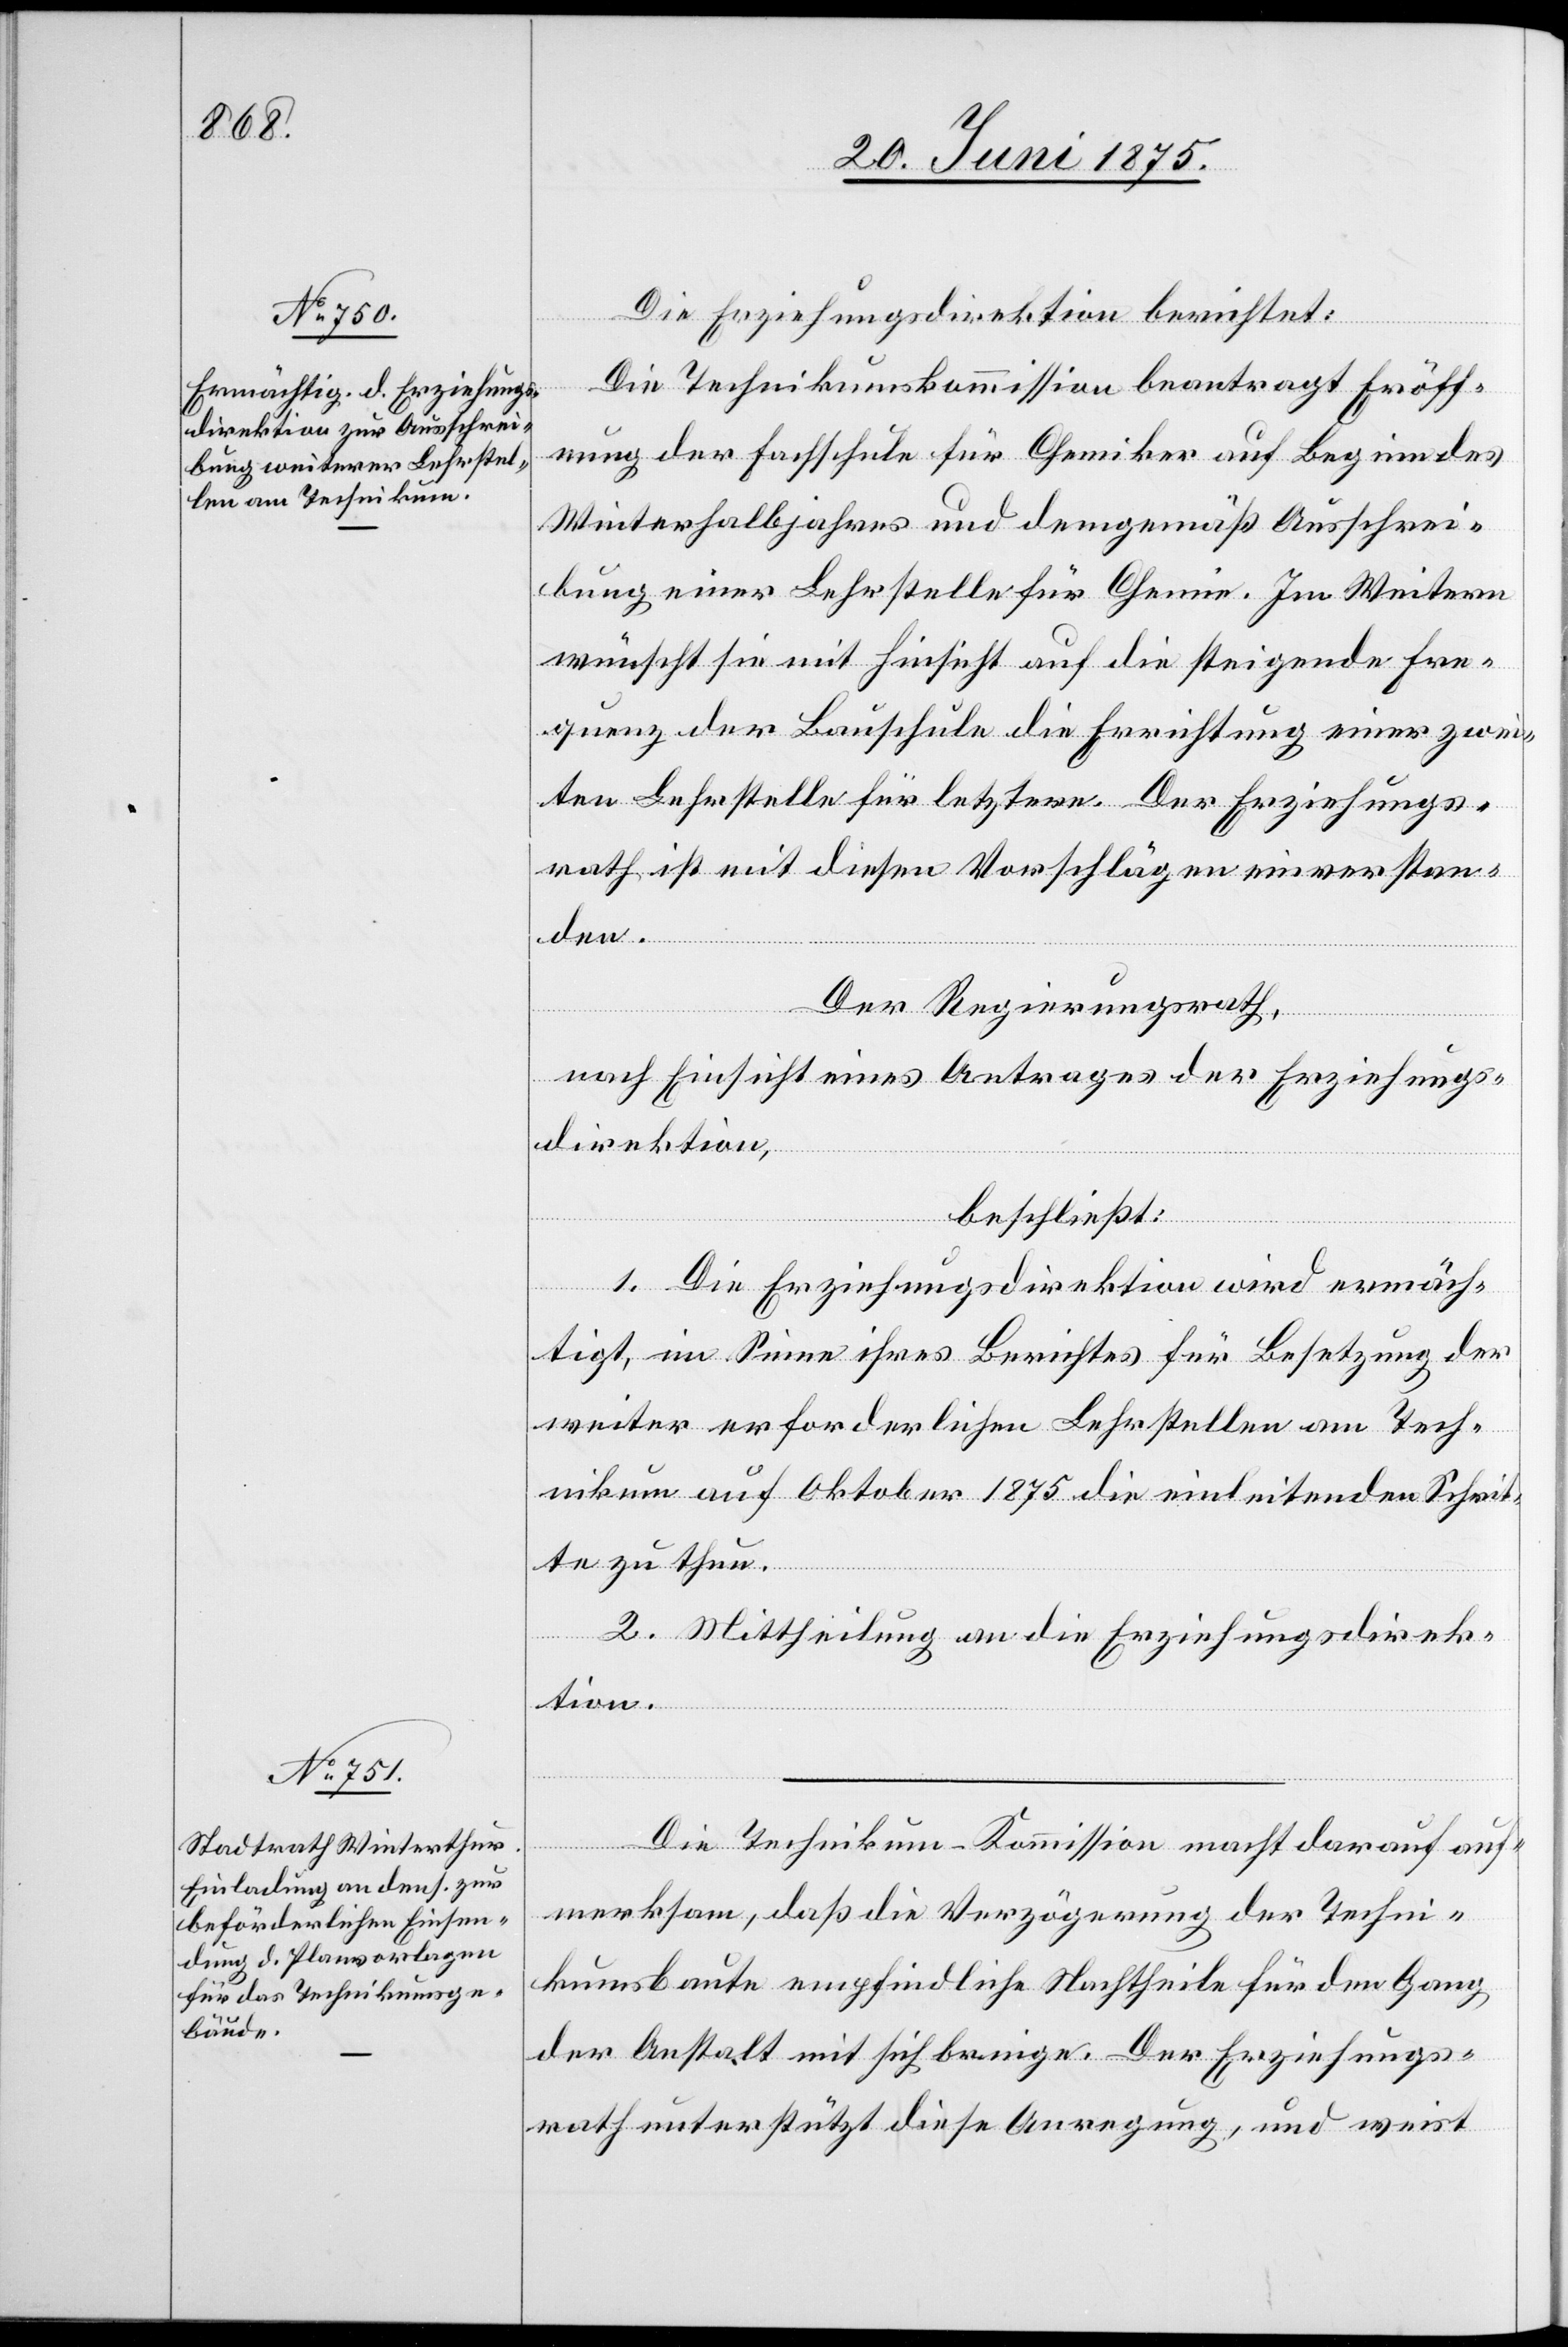
Die Erziehungsdirektion berichtet:
Die Technikumskommission beantragt Eröff¬
nung der Hochschule für Chemiker auf Beginn des
Winterhalbjahres und demgemäß Ausschrei¬
bung einer Lehrstelle für Chemie. Im Weitern
wünscht sie mit Hinsicht auf die steigende Fre¬
quenz der Bauschule die Errichtung einer zwei¬
ten Lehrstelle für letztere. Der Erziehungs¬
rath ist mit diesen Vorschlägen einverstan¬
den.
Der Regierungsrath,
nach Einsicht eines Antrages der Erziehungs¬
direktion,
beschließt:
1. Die Erziehungsdirektion wird ermäch¬
tigt, im Sinne ihres Berichtes für Besetzung der
weiter erforderlichen Lehrstellen am Tech¬
nikum auf Oktober 1875 die einleitenden Schrit¬
te zu thun.
2. Mittheilung an die Erziehungsdirek¬
tion.
Die Technikums-Kommission macht darauf auf¬
merksam, daß die Verzögerung der Techni¬
kumsbaute empfindliche Nachtheile für den Gang
der Anstalt mit sich bringe. Der Erziehungs¬
rath unterstützt diese Anregung, und weist